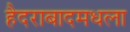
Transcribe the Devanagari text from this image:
हैदराबादमधला